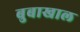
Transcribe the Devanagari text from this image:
बुबाखाल